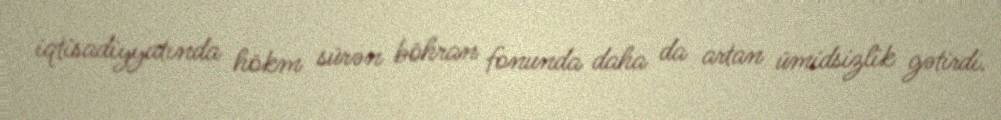
iqtisadiyyatında hökm sürən böhran fonunda daha da artan ümidsizlik gətirdi.